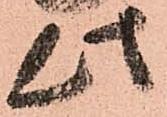
此